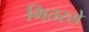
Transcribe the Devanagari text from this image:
भितरसे